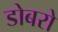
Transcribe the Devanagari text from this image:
डोबरो